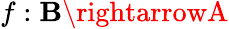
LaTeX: f:\mathbf{B}\rightarrowA